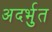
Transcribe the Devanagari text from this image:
अदर्भुत